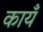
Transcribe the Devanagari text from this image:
कायँ